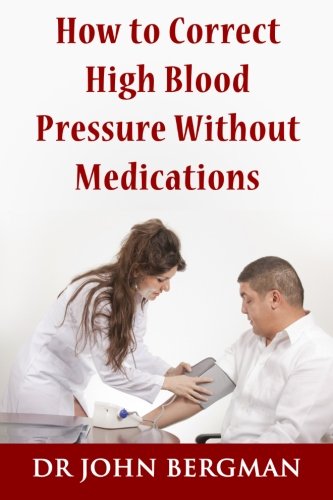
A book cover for How to Correct High Blood Pressure Without Medications; Dr. John Bergman; Health, Fitness & Dieting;